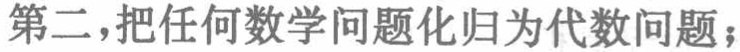
第二，把任何数学问题化归为代数问题；